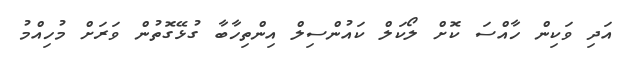
އަދި ވަކިން ހާއްސަ ކޮށް ލޯކަލް ކައުންސިލް އިންތިހާބާ ގުޅޭގޮތުން ވަރަށް މުހިއްމު